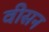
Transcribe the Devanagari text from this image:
वीसन